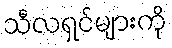
သီလရှင်များကို